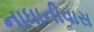
નાધાનીવાસ